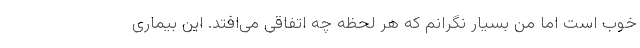
خوب است اما من بسیار نگرانم که هر لحظه چه اتفاقی می‌افتد. این بیماری